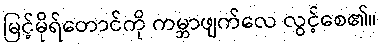
မြင့်မိုရ်တောင်ကို ကမ္ဘာဖျက်လေ လွင့်စေ၏။